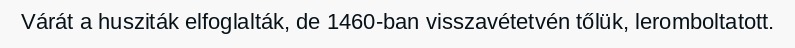
Várát a husziták elfoglalták, de 1460-ban visszavétetvén tőlük, leromboltatott.